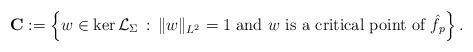
LaTeX: \begin{align*}\mathbf{C}:=\left\{ w\in \ker \mathcal{L}_{\Sigma}\, :\, \Vert w\Vert_{L^2}=1\ \textup{and}\ w\ \textup{is a critical point of}\ \hat{f}_p \right\}.\end{align*}